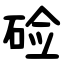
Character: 硷